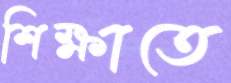
শিক্ষাতে